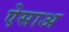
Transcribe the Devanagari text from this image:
ऐसाअ